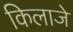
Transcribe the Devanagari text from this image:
किलाजे